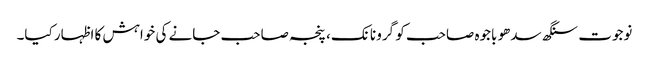
نوجوت سنگھ سدھو باجوہ صاحب کو گرو نانک، پنجہ صاحب جانے کی خواہش کا اظہار کیا۔